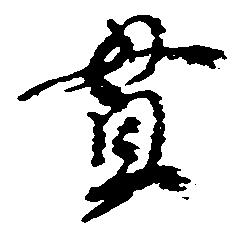
貫